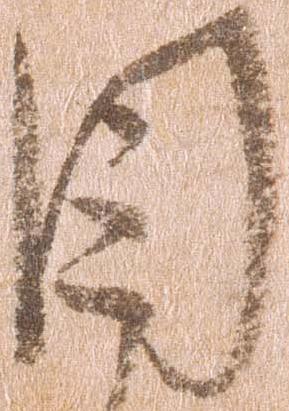
目